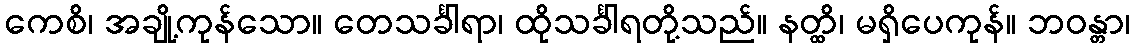
ကေစိ၊ အချို့ကုန်သော။ တေသင်္ခါရာ၊ ထိုသင်္ခါရတို့သည်။ နတ္ထိ၊ မရှိပေကုန်။ ဘဝန္တာ၊